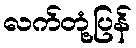
လက်တုံ့ပြန်